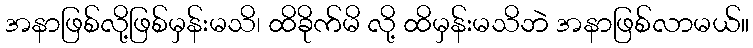
အနာဖြစ်လို့ဖြစ်မှန်းမသိ၊ ထိခိုက်မိ လို့ ထိမှန်းမသိဘဲ အနာဖြစ်လာမယ်။